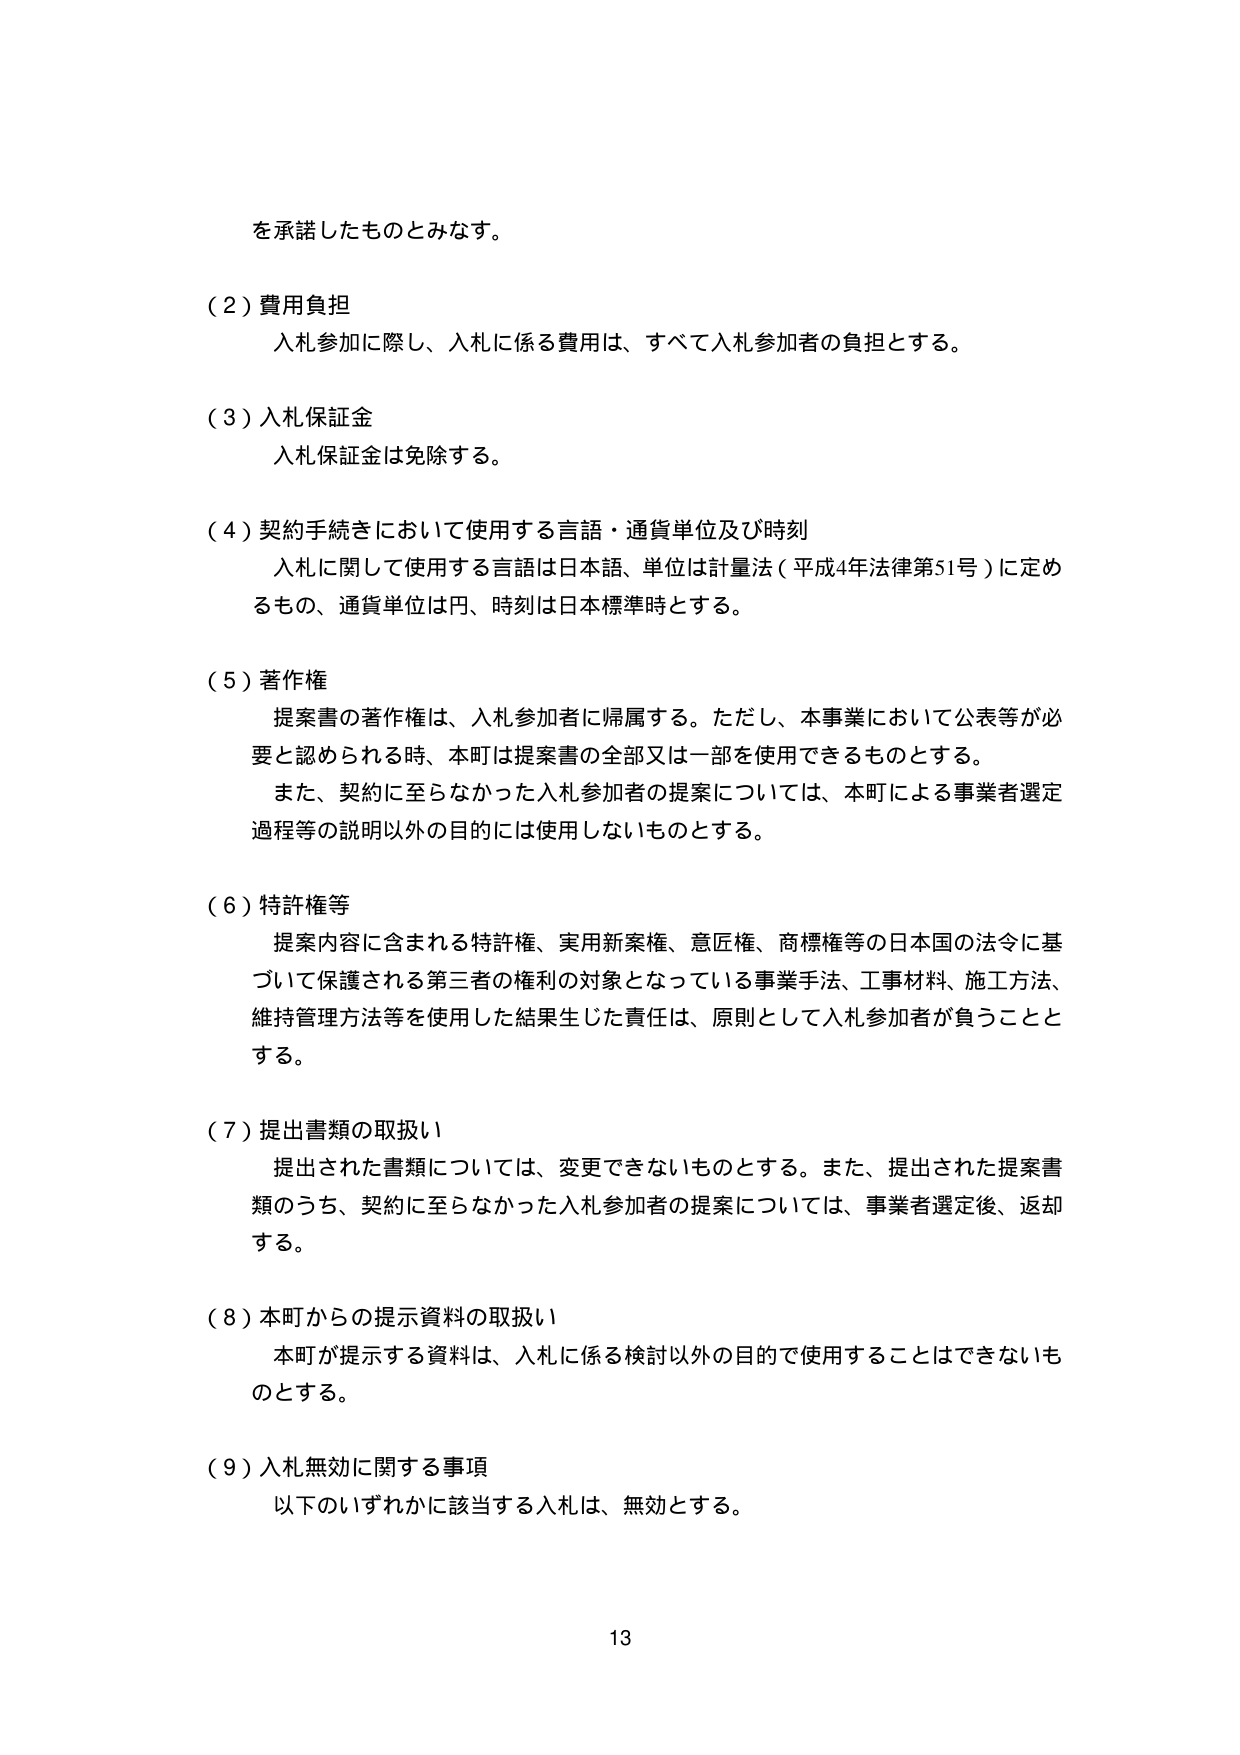
を承諾したものとみなす。

（２）費用負担
入札参加に際し、入札に係る費用は、すべて入札参加者の負担とする。

（３）入札保証金
入札保証金は免除する。

（４）契約手続きにおいて使用する言語・通貨単位及び時刻
入札に関して使用する言語は日本語、単位は計量法（平成4年法律第51号）に定めるもの、通貨単位は円、時刻は日本標準時とする。

（５）著作権
提案書の著作権は、入札参加者に帰属する。ただし、本事業において公表等が必要と認められる時、本町は提案書の全部又は一部を使用できるものとする。
また、契約に至らなかった入札参加者の提案については、本町による事業者選定過程等の説明以外の目的には使用しないものとする。

（６）特許権等
提案内容に含まれる特許権、実用新案権、意匠権、商標権等の日本国の法令に基づいて保護される第三者の権利の対象となっている事業手法、工事材料、施工方法、維持管理方法等を使用した結果生じた責任は、原則として入札参加者が負うこととする。

（７）提出書類の取扱い
提出された書類については、変更できないものとする。また、提出された提案書類のうち、契約に至らなかった入札参加者の提案については、事業者選定後、返却する。

（８）本町からの提示資料の取扱い
本町が提示する資料は、入札に係る検討以外の目的で使用することはできないものとする。

（９）入札無効に関する事項
以下のいずれかに該当する入札は、無効とする。

13